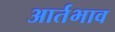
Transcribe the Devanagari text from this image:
आर्तभाव